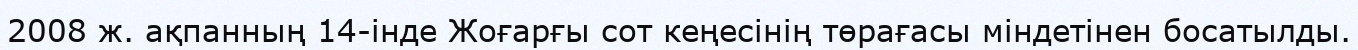
2008 ж. ақпанның 14-інде Жоғарғы сот кеңесінің төрағасы міндетінен босатылды.